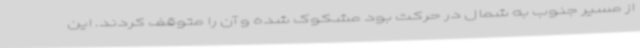
از مسیر جنوب به شمال در حرکت بود مشکوک شده و آن را متوقف کردند. این